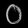
Digit: ၀